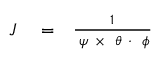
\begin{array} { r l r } { { \cal J } } & { { } = } & { \frac { 1 } { { \bf \nabla } \psi ~ { \bf \times } ~ { \bf \nabla } \theta ~ { \bf \cdot } ~ { \bf \nabla } \phi } } \end{array}